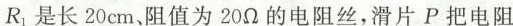
R_{1}是长20cm、阻值为20Ω的电阻丝，滑片P把电阻